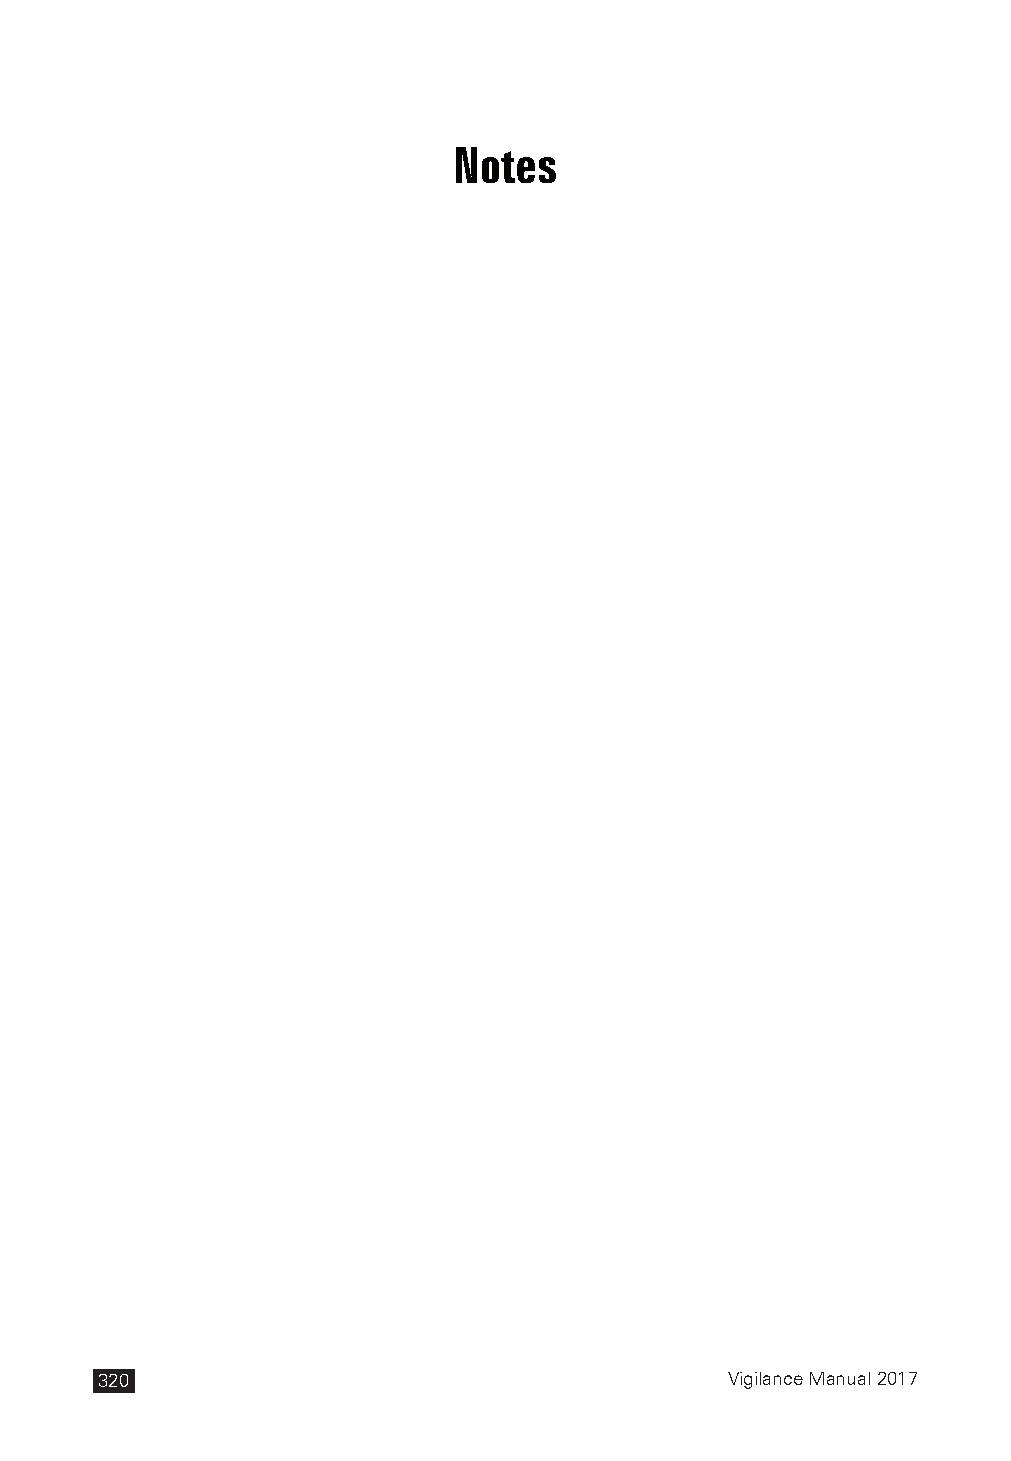
Notes
 320                                       Vigilance Manual 2017